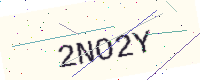
Text: 2NO2Y